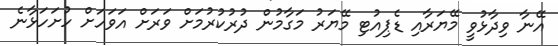
އޭނާ ވިދާޅުވީ މޭޔަރާއި ޑެޕިއުޓި މޭޔަރު މަގާމުން ދުރުކުރުމަށް ވަރަށް އަވަހަށް ހުށަހަޅާނެ